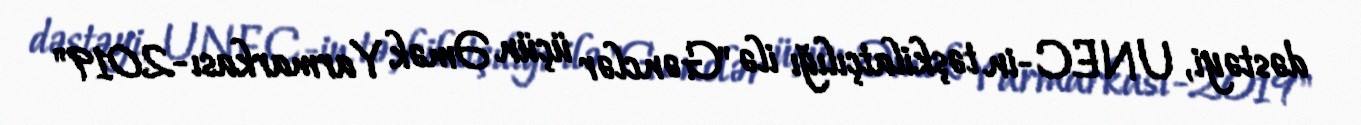
dəstəyi, UNEC-in təşkilatçılığı ilə "Gənclər üçün Əmək Yarmarkası-2019"